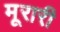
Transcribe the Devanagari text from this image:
मूरारी